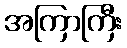
အကြာကြီး